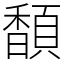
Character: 䫝